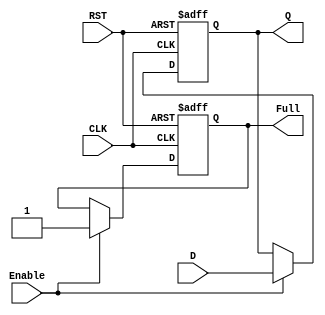
module BarrierRegister #(
    parameter DATA_WIDTH = 8 // Parameter for data width
)(
    input wire [DATA_WIDTH-1:0] D,      // Data input
    input wire Enable,                    // Control signal to load data
    input wire CLK,                       // Clock signal
    input wire RST,                       // Asynchronous reset
    output reg [DATA_WIDTH-1:0] Q,       // Data output
    output reg Full                       // Status flag indicating if the register is full
);

// Sequential logic for the Barrier Register
always @(posedge CLK or posedge RST) begin
    if (RST) begin
        Q <= 0;        // Clear the register on reset
        Full <= 0;     // Reset the full status
    end else if (Enable) begin
        Q <= D;        // Load data into the register
        Full <= 1;     // Set full status when data is loaded
    end
end

endmodule